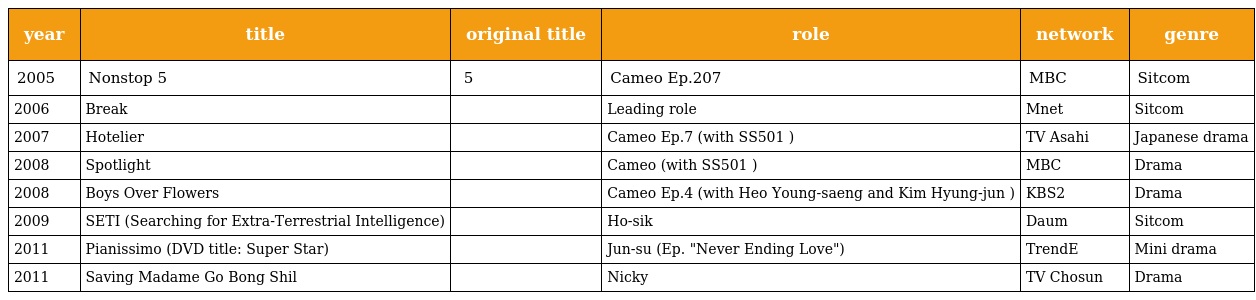
| year | title | original title | role | network | genre |
 | --- | --- | --- | --- | --- | --- |
 | 2005 | Nonstop 5 | 논스톱 5 | Cameo Ep.207 | MBC | Sitcom |
 | 2006 | Break |  | Leading role | Mnet | Sitcom |
 | 2007 | Hotelier | ホテリアー | Cameo Ep.7 (with SS501 ) | TV Asahi | Japanese drama |
 | 2008 | Spotlight | 스포트라이트 | Cameo (with SS501 ) | MBC | Drama |
 | 2008 | Boys Over Flowers | 꽃보다 남자 | Cameo Ep.4 (with Heo Young-saeng and Kim Hyung-jun ) | KBS2 | Drama |
 | 2009 | SETI (Searching for Extra-Terrestrial Intelligence) | 꽃보다 남자 | Ho-sik | Daum | Sitcom |
 | 2011 | Pianissimo (DVD title: Super Star) | 피아니시모 | Jun-su (Ep. "Never Ending Love") | TrendE | Mini drama |
 | 2011 | Saving Madame Go Bong Shil | 고봉실 여사 구하기 | Nicky | TV Chosun | Drama |